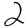
Digit: 2